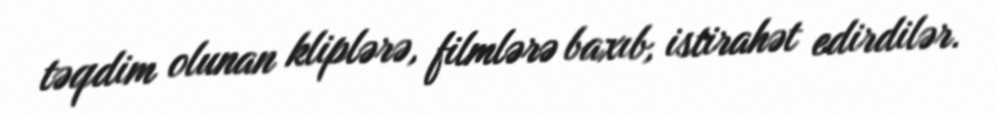
təqdim olunan kliplərə, filmlərə baxıb, istirahət edirdilər.